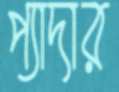
প্যাদার